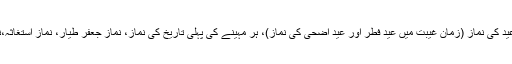
دوسرے مستحب نمازوں میں عید کی نماز (زمان غیبت میں عید فطر اور عید اضحی کی نماز)، ہر مہینے کی پہلی تاریخ کی نماز، نماز جعفر طیار، نماز اِستِغاثِہ،نماز غفیلہ... وغیرہ مشہور ہیں۔